Investigations on Bengal jail dietaries - Number 37
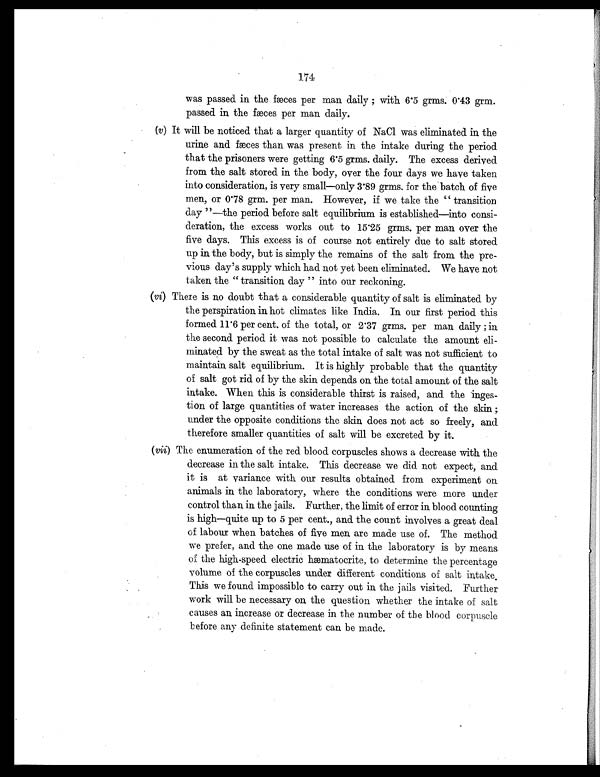
174
was passed in the fæces per man daily ; with 6.5 grms. 0.43 grm.
passed in the fæces per man daily.
(v) It will be noticed that a larger quantity of NaCl was eliminated in the
urine and fæces than was present in the intake during the period
that the prisoners were getting 6.5 grms. daily. The excess derived
from the salt stored in the body, over the four days we have taken
into consideration, is very small—only 3.89 grms. for the batch of five
men, or 0.78 grm. per man. However, if we take the " transition
day "—the period before salt equilibrium is established—into consi-
deration, the excess works out to 15.25 grms. per man over the
five days. This excess is of course not entirely due to salt stored
up in, the body, but is simply the remains of the salt from the pre-
vious day's supply which had not yet been eliminated. We have not
taken the " transition day " into our reckoning.
(vi) There is no doubt that a considerable quantity of salt is eliminated by
the perspiration in hot climates like India. In our first period this
formed 11.6 per cent. of the total, or 2.37 grms. per man daily ;in
the second period it was not possible to calculate the amount eli-
minated by the sweat as the total intake of salt was not sufficient to
maintain salt equilibrium. It is highly probable that the quantity
of salt got rid of by the skin depends on the total amount of the salt
intake. When this is considerable thirst is raised, and the inges-
tion of large quantities of water increases the action of the skin ;
under the opposite conditions the skin does not act so freely, and
therefore smaller quantities of salt will be excreted by it.
(vii) The enumeration of the red blood corpuscles shows a decrease with the
decrease in the salt intake. This decrease we did not expect, and
it is at variance with our results obtained from experiment on
animals in the laboratory, where the conditions were more under
control than in the jails. Further, the limit of error in blood counting
is high—quite up to 5 per cent., and the count involves a great deal
of labour when batches of five men are made use of. The method
we prefer, and the one made use of in the laboratory is by means.
of the high-speed electric hæmatocrite, to determine the percentage
volume of the corpuscles under different conditions of salt intake
This we found impossible to carry out in the jails visited. Further
work will be necessary on the question whether the intake of salt
causes an
(viii) (ix) (x)
increase or decrease in the number of the blood corpuscle
before any definite statement can be made.